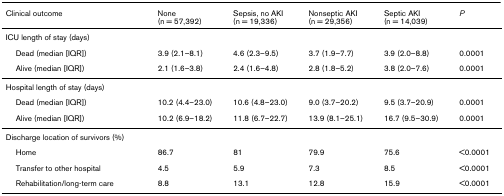
<table><thead><tr><td><b>Clinical outcome</b></td><td><b>None (n = 57,392)</b></td><td><b>Sepsis, no AKI (n = 19,336)</b></td><td><b>Nonseptic AKI (n = 29,356)</b></td><td><b>Septic AKI (n = 14,039)</b></td><td><b><i>P</i></b></td></tr></thead><tbody><tr><td>ICU length of stay (days)</td><td></td><td></td><td></td><td></td><td></td></tr><tr><td> Dead (median [IQR])</td><td>3.9 (2.1–8.1)</td><td>4.6 (2.3–9.5)</td><td>3.7 (1.9–7.7)</td><td>3.9 (2.0–8.8)</td><td>0.0001</td></tr><tr><td> Alive (median [IQR])</td><td>2.1 (1.6–3.8)</td><td>2.4 (1.6–4.8)</td><td>2.8 (1.8–5.2)</td><td>3.8 (2.0–7.6)</td><td>0.0001</td></tr><tr><td>Hospital length of stay (days)</td><td></td><td></td><td></td><td></td><td></td></tr><tr><td> Dead (median [IQR])</td><td>10.2 (4.4–23.0)</td><td>10.6 (4.8–23.0)</td><td>9.0 (3.7–20.2)</td><td>9.5 (3.7–20.9)</td><td>0.0001</td></tr><tr><td> Alive (median [IQR])</td><td>10.2 (6.9–18.2)</td><td>11.8 (6.7–22.7)</td><td>13.9 (8.1–25.1)</td><td>16.7 (9.5–30.9)</td><td>0.0001</td></tr><tr><td>Discharge location of survivors (%)</td><td></td><td></td><td></td><td></td><td></td></tr><tr><td> Home</td><td>86.7</td><td>81</td><td>79.9</td><td>75.6</td><td>&lt;0.0001</td></tr><tr><td> Transfer to other hospital</td><td>4.5</td><td>5.9</td><td>7.3</td><td>8.5</td><td>&lt;0.0001</td></tr><tr><td> Rehabilitation/long-term care</td><td>8.8</td><td>13.1</td><td>12.8</td><td>15.9</td><td>&lt;0.0001</td></tr></tbody></table>